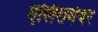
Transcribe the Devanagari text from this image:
एलिसमेयर